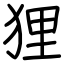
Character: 狸